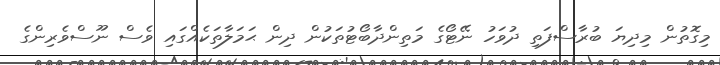
މިގޮތުން މިދިޔަ ބުރާސްފަތި ދުވަހު ނޭޓޯގެ މަތިންދާބޯޓުތަކުން ދިން ޙަމަލާތަކެއްގައި ވެސް ނޫސްވެރިންގެ